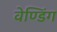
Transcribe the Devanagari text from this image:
वेण्डिंग